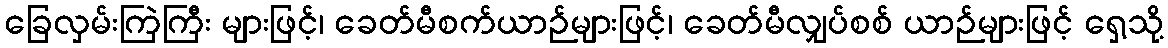
ခြေလှမ်းကြဲကြီး များဖြင့်၊ ခေတ်မီစက်ယာဉ်များဖြင့်၊ ခေတ်မီလျှပ်စစ် ယာဉ်များဖြင့် ရှေ့သို့